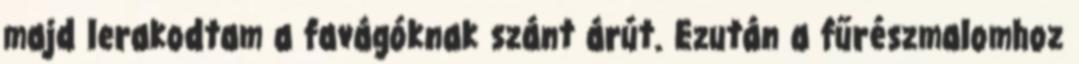
majd lerakodtam a favágóknak szánt árút. Ezután a fűrészmalomhoz